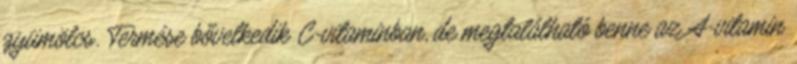
gyümölcs. Termése bővelkedik C-vitaminban, de megtalálható benne az A-vitamin